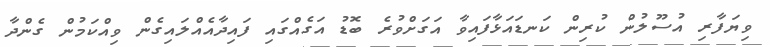
ވިޔަފާރި އުސޫލުން ކުރިން ކަނޑައަޅާފައިވާ އަގަށްވުރެ ބޮޑު އަގެއްގައި ފައިދާއެއްލައިގެން ވިއްކަމުން ގެންދާ